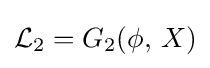
{\mathcal {L}}_{2}=G_{2}(\phi ,\,X)